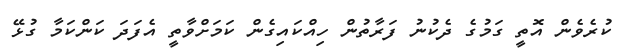
ކުރެވެން އޮތީ ގަމުގެ ދެކުނު ފަރާތުން ހިއްކައިގެން ކަމަށްވާތީ އެފަދަ ކަންކަމާ ގުޅޭ